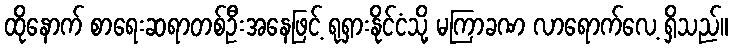
ထိုနောက် စာရေးဆရာတစ်ဦးအနေဖြင့် ရုရှားနိုင်ငံသို့ မကြာခဏ လာရောက်လေ့ ရှိသည်။